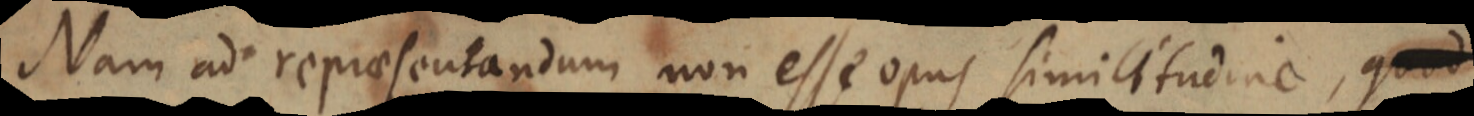
Nam ad repraesentandum non esse opus similitudine,